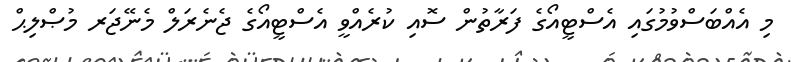
މި އެއްބަސްވުމުގައި އެސްޓީއޯގެ ފަރާތުން ސޮއި ކުރެއްވީ އެސްޓީއޯގެ ޖެނެރަލް މެނޭޖަރ މުޞްލިޙް